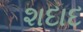
શદાદ